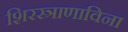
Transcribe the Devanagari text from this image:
शिरस्त्राणाविना